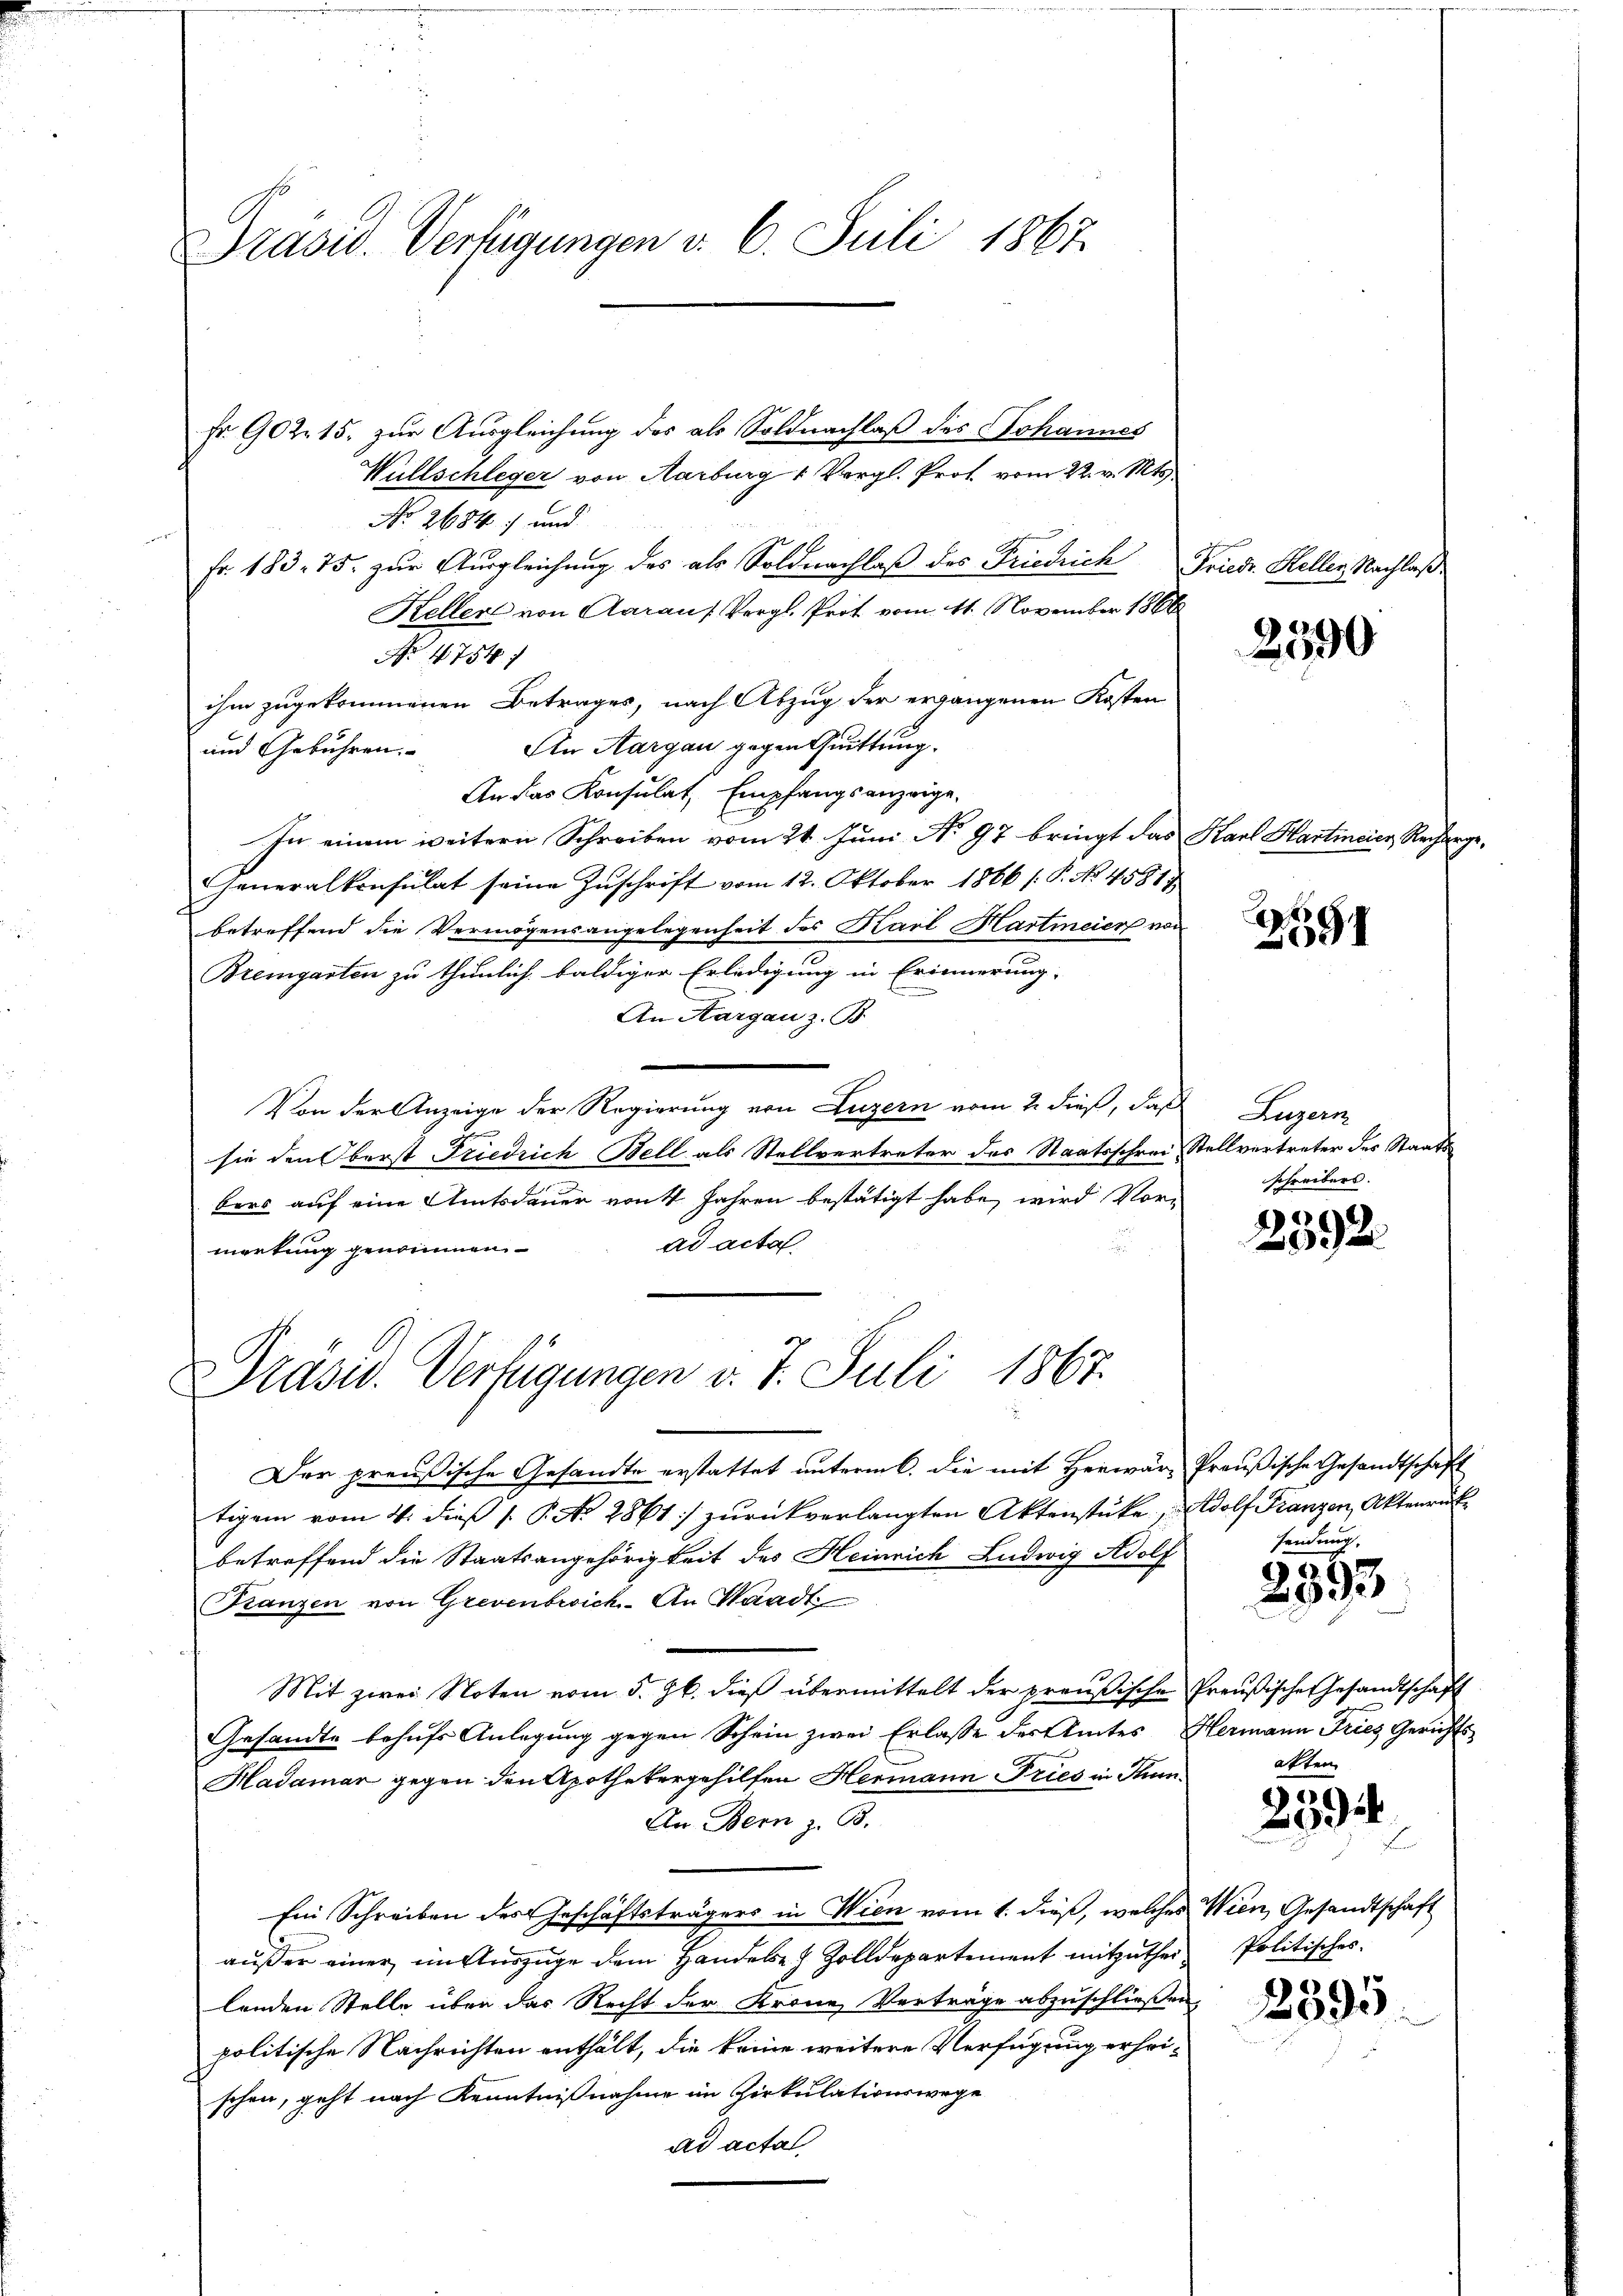
Präsid. Verfügungen v. 6. Juli 1867.

Fr. 902. 15. zur Ausgleichung des als Soldnachlaß des Johannes
Wüllschleger von Marburg 1 Vergl. Prof. vom 22. v. Mts.
No 2684) und
Fr. 183. 75. zur Ausgleichung des als Soldnachlaß des Friedrich
Kellers von Aaraus Vergl. Prof vom 11. November 1866
No 4754 f
ihm zugekommenen Betrages, nach Abzug der ergangenen Kosten
Ain Aargau gegen Quittung.
und Gebühren.
An das Konsulat, Empfangsanzeige,
In einem weitern Schreiben vom 24. Juni No 97 bringt das Karl Hartincier, Recharge
Generalkonsulat seine Zuschrift vom 12. Oktober 1866 /: P. No 45817
betreffend die Vermögensangelegenheit des Karl Martmeier von
Bremgarten zu thunlich baldiger Erledigung in Erinnerung
An Aargau z. B.
Von der Anzeige der Regierung von Luzern vom 2. dieß, daß Luzern
sie den Oberst Friedrich Bell als Stellvertreter des Staatsschrei Stellvertreter des Staatsbers auf eine Amtsdauer von 4 Jahren bestätigt habe, wird Vor-
ad acta
mortung genommen
Präsid. Verfügungen v. 7. Juli 1867.
Der preußische Gesandte erstattet unterm 6. die mit Herwar- Preußische Gesandtschaft
tigem vom 4. dieβ /. P. Nr. 2861) zŭrückverlangten Aktenstücke, Adolf Franzen, Aktenrück
betreffend die Staatsangehörigkeit des Heinrich Ludwig Adolf
Franzen von Grevenbrich. An Waadt
Mit zwei Noten vom 5. Jb. dieß übermittelt der preußische Preußischer Gesandtschaft
Gesandte behufs Anlegung gegen Schein zwei Erlasse des Amtes Hermann Fries Gerichts¬
Hadamer gegen den Apothekergehilfen Hermann Fries in Trun-
An Bern z. B.
Ein Schreiben des Geschäftsträgers in Wien vom 1. dieß, welches Wien, Gesandtschaft
außer einer im Auszüge dem Handere Zolldepartement mitzutheilenden Stelle über das Recht der Krone Verträge abzuschließen
politische Nachrichten enthält, die keine weitere Verfügung erheischen, geht nach Kenntnißnahme im Zirkulationswege
ad actal

Friedr. Heller, Nachlaß

2590

2
91

schreibers.

2392.

sendung

2893

aften

6
2934.

Politisches.

2395